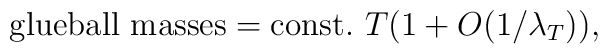
{\rm glueball~masses=const.}~T(1+O(1/\lambda_T)),